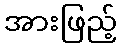
အားဖြည့်